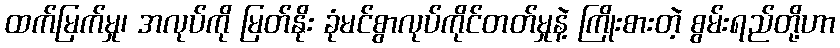
ထက်မြက်မှု၊ အလုပ်ကို မြတ်နိုး ခုံမင်စွာလုပ်ကိုင်တတ်မှုနဲ့ ကြိုးစားတဲ့ စွမ်းရည်တို့ဟာ